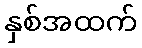
နှစ်အထက်